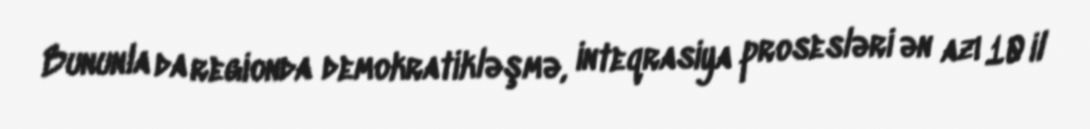
Bununla da regionda demokratikləşmə, inteqrasiya prosesləri ən azı 10 il